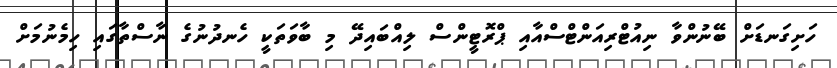
ހަށިގަނޑަށް ބޭނުންވާ ނިއުޓްރިއަންޓްސްއާއި ޕްރޮޓީންސް ލިއްބައިދޭ މި ބާވަތަކީ ހެނދުނުގެ ނާސްތާގައި ހިމެނުމަށް